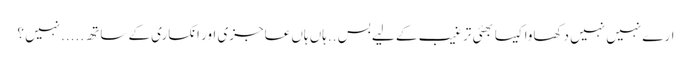
ارے نہیں نہیں دکھاوا کیسا بھئی ترغیب کے لیے بس ..ہاں ہاں عاجزی اور انکساری کے ساتھ .....نہیں ؟